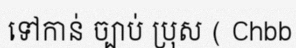
ទៅកាន់ ច្បាប់ ប្រុស ( Chbb